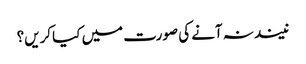
نیند نہ آنے کی صورت میں کیا کریں؟